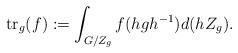
LaTeX: \begin{align*}\operatorname{tr}_g(f):=\int_{G/Z_g}f(hgh^{-1}) d(hZ_g). \end{align*}